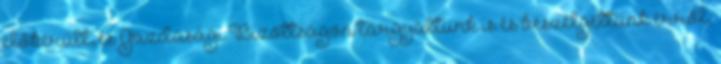
előkerült, és Gazdasági Bizottságon tárgyaltunk is és beszélgettünk erről,